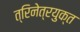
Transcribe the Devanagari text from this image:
त्रिनेत्रयुक्त